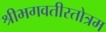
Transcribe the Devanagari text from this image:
श्रीभगवतीस्तोत्रम